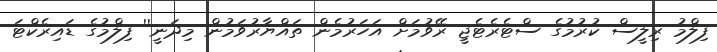
ފިލްމު ރިލީސް ކުރުމުގެ ސްޓެރެޓެޖީ ރޭވުމަށް އަހަރުމެން ތައްޔާރުވަމުން މިދަނީ'' ފިލްމުގެ ޑައިރެކްޓަ